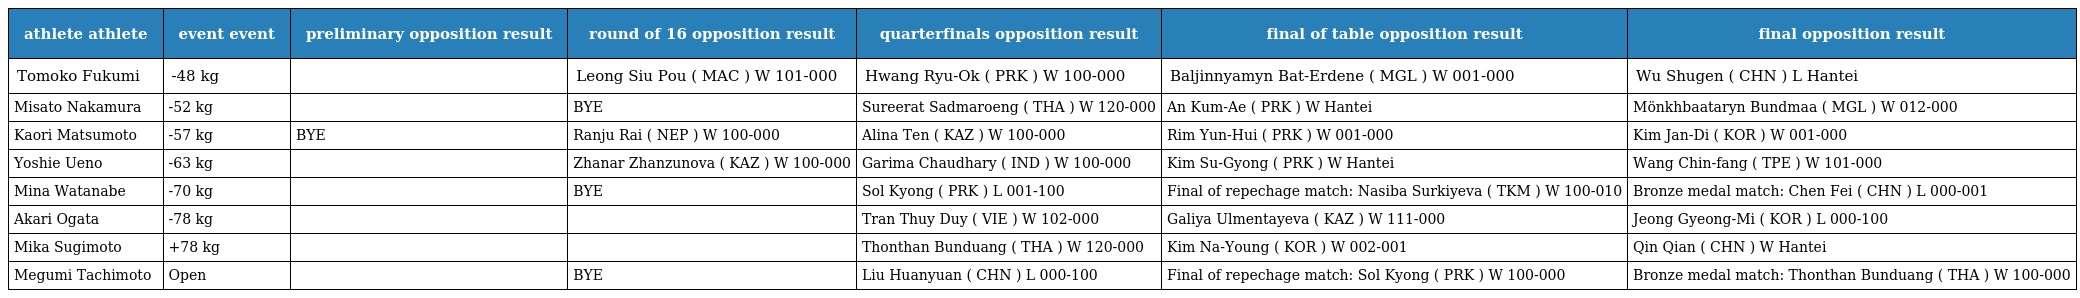
| athlete athlete | event event | preliminary opposition result | round of 16 opposition result | quarterfinals opposition result | final of table opposition result | final opposition result |
 | --- | --- | --- | --- | --- | --- | --- |
 | Tomoko Fukumi | -48 kg |  | Leong Siu Pou ( MAC ) W 101-000 | Hwang Ryu-Ok ( PRK ) W 100-000 | Baljinnyamyn Bat-Erdene ( MGL ) W 001-000 | Wu Shugen ( CHN ) L Hantei |
 | Misato Nakamura | -52 kg |  | BYE | Sureerat Sadmaroeng ( THA ) W 120-000 | An Kum-Ae ( PRK ) W Hantei | Mönkhbaataryn Bundmaa ( MGL ) W 012-000 |
 | Kaori Matsumoto | -57 kg | BYE | Ranju Rai ( NEP ) W 100-000 | Alina Ten ( KAZ ) W 100-000 | Rim Yun-Hui ( PRK ) W 001-000 | Kim Jan-Di ( KOR ) W 001-000 |
 | Yoshie Ueno | -63 kg |  | Zhanar Zhanzunova ( KAZ ) W 100-000 | Garima Chaudhary ( IND ) W 100-000 | Kim Su-Gyong ( PRK ) W Hantei | Wang Chin-fang ( TPE ) W 101-000 |
 | Mina Watanabe | -70 kg |  | BYE | Sol Kyong ( PRK ) L 001-100 | Final of repechage match: Nasiba Surkiyeva ( TKM ) W 100-010 | Bronze medal match: Chen Fei ( CHN ) L 000-001 |
 | Akari Ogata | -78 kg |  |  | Tran Thuy Duy ( VIE ) W 102-000 | Galiya Ulmentayeva ( KAZ ) W 111-000 | Jeong Gyeong-Mi ( KOR ) L 000-100 |
 | Mika Sugimoto | +78 kg |  |  | Thonthan Bunduang ( THA ) W 120-000 | Kim Na-Young ( KOR ) W 002-001 | Qin Qian ( CHN ) W Hantei |
 | Megumi Tachimoto | Open |  | BYE | Liu Huanyuan ( CHN ) L 000-100 | Final of repechage match: Sol Kyong ( PRK ) W 100-000 | Bronze medal match: Thonthan Bunduang ( THA ) W 100-000 |